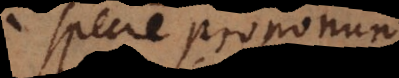
specie proponuntur.